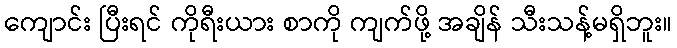
ကျောင်း ပြီးရင် ကိုရီးယား စာကို ကျက်ဖို့ အချိန် သီးသန့်မရှိဘူး။